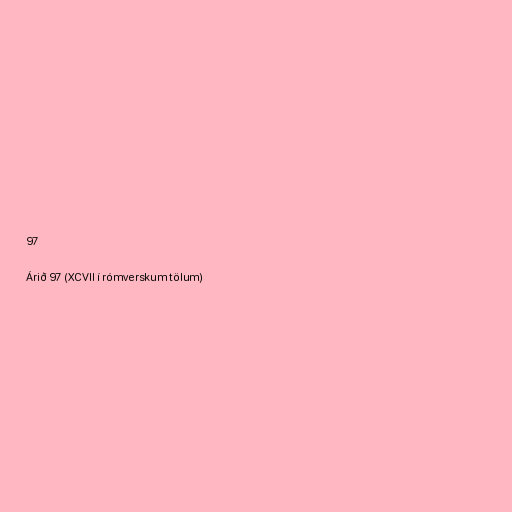
97

Árið 97 (XCVII í rómverskum tölum)